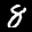
Label: 8